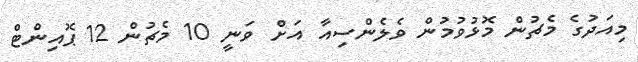
މިއަދުގެ މެޗުން މޮޅުވުމުން ވެލެންސިއާ އަށް ވަނީ 10 މެޗުން 12 ޕޮއިންޓް